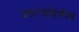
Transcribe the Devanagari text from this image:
जठरवाहिकीय